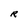
Character: R